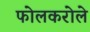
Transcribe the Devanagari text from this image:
फोलकरोले